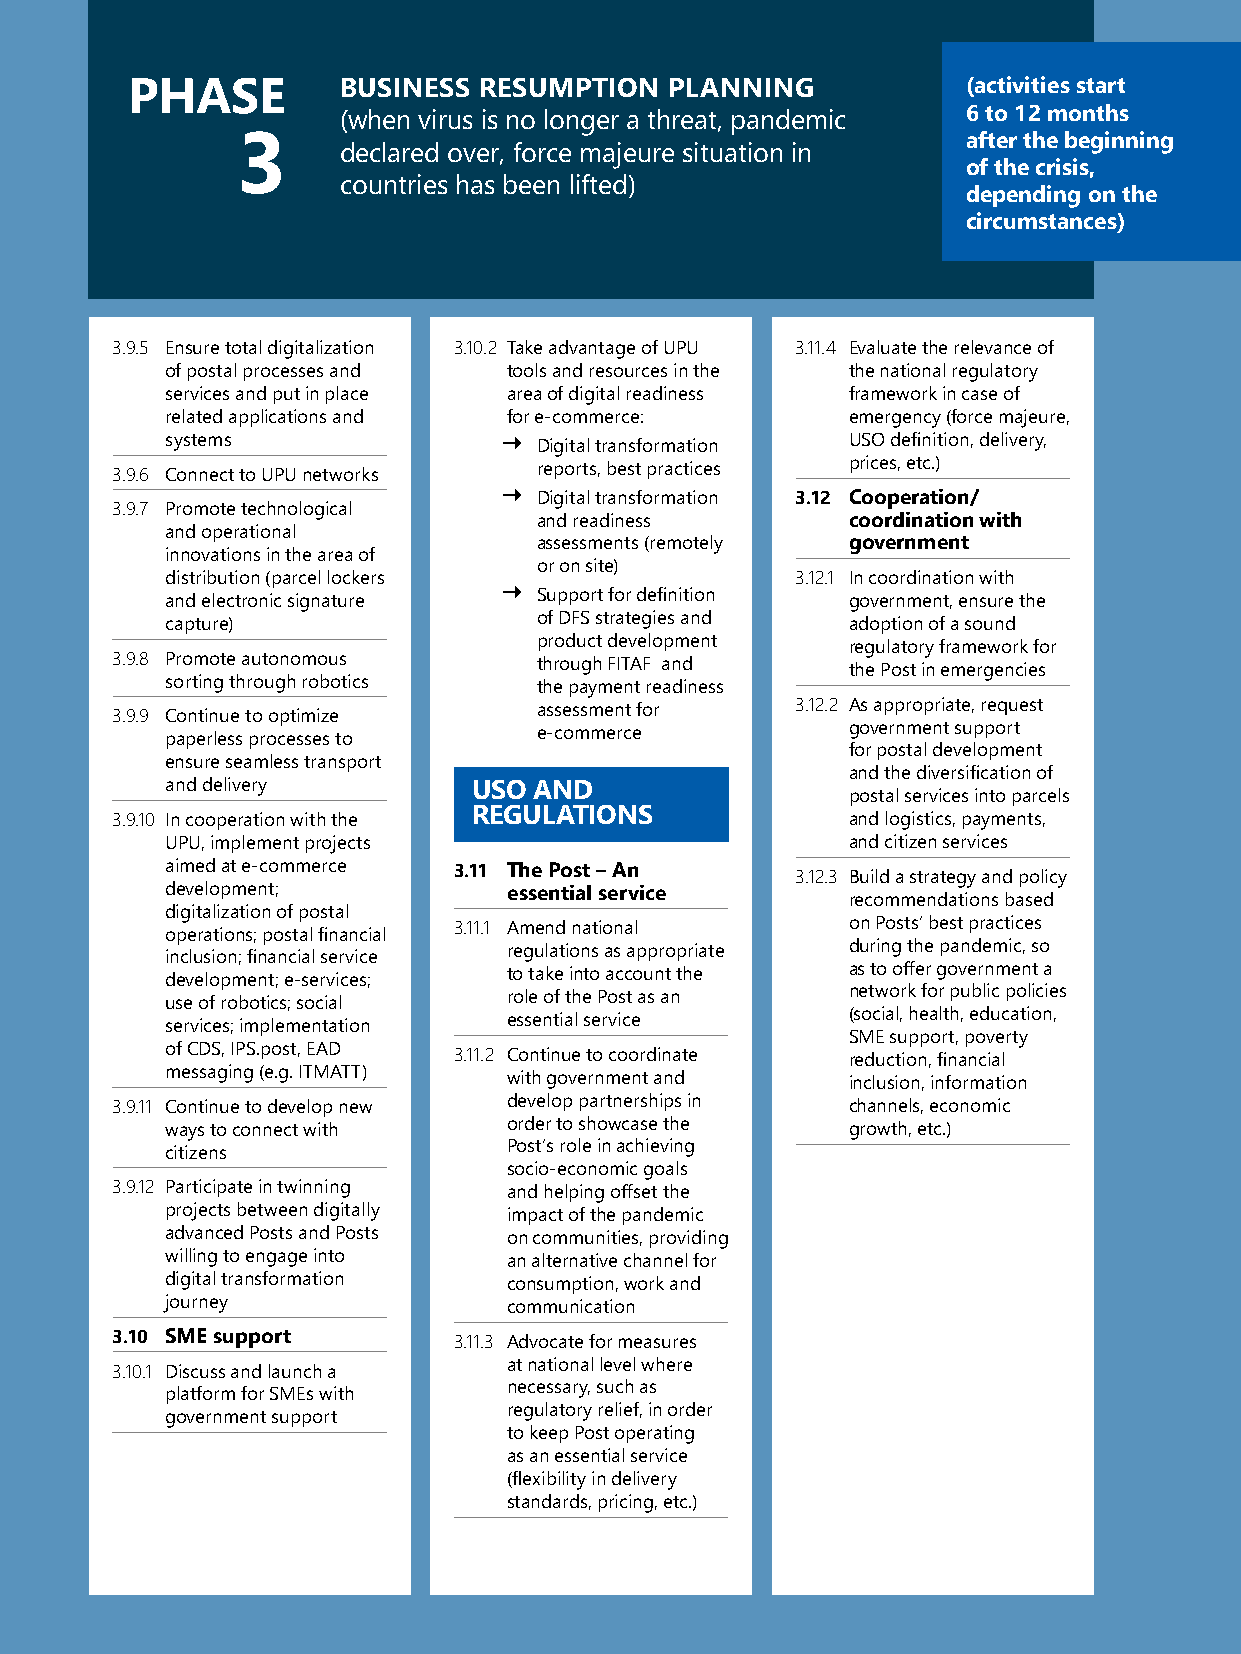
72 | Pandemic Recovery Guide for Postal Services
 PHASE         BUSINESS  RESUMPTION  PLANNING            (activities start
 (when virus is no longer a threat, pandemic 6 to 12 months
 after the beginning
 3     declared over, force majeure situation in
 of the crisis,
 countries has been lifted)
 depending on the
 circumstances)
 3.9.5 Ensure total digitalization 3.10.2 Take advantage of UPU 3.11.4 Evaluate the relevance of
 of postal processes and tools and resources in the the national regulatory
 services and put in place area of digital readiness framework in case of
 related applications and for e-commerce:     emergency (force majeure,
 systems                 Digital transformation USO definition, delivery,
 3.9.6 Connect to UPU networks reports, best practices prices, etc.)
 
 Digital transformation 3.12 Cooperation/
 3.9.7 Promote technological
 and readiness       coordination with
 and operational
 assessments (remotely government
 innovations in the area of
 or on site)
 distribution (parcel lockers              3.12.1 In coordination with
 and electronic signature
 
 Support for definition government, ensure the
 capture)                 of DFS strategies and adoption of a sound
 product development regulatory framework for
 3.9.8 Promote autonomous     through FITAF and   the Post in emergencies
 sorting through robotics the payment readiness
 assessment for   3.12.2 As appropriate, request
 3.9.9 Continue to optimize
 e-commerce          government support
 paperless processes to
 for postal development
 ensure seamless transport
 and the diversification of
 and delivery        USO AND
 postal services into parcels
 3.9.10 In cooperation with the REGULATIONS       and logistics, payments,
 UPU, implement projects                      and citizen services
 aimed at e-commerce 3.11 The Post – An    3.12.3 Build a strategy and policy
 development;           essential service
 recommendations based
 digitalization of postal
 operations; postal financial 3.11.1 Amend national on Posts’ best practices
 inclusion; financial service regulations as appropriate during the pandemic, so
 development; e-services; to take into account the as to offer government a
 use of robotics; social role of the Post as an network for public policies
 services; implementation essential service   (social, health, education,
 SME support, poverty
 of CDS, IPS.post, EAD 3.11.2 Continue to coordinate reduction, financial
 messaging (e.g. ITMATT) with government and  inclusion, information
 3.9.11 Continue to develop new develop partnerships in channels, economic
 ways to connect with   order to showcase the growth, etc.)
 citizens               Post’s role in achieving
 socio-economic goals
 3.9.12 Participate in twinning and helping offset the
 projects between digitally impact of the pandemic
 advanced Posts and Posts on communities, providing
 willing to engage into an alternative channel for
 digital transformation consumption, work and
 journey                communication
 3.10 SME support       3.11.3 Advocate for measures
 at national level where
 3.10.1 Discuss and launch a
 necessary, such as
 platform for SMEs with
 regulatory relief, in order
 government support
 to keep Post operating
 as an essential service
 (flexibility in delivery
 standards, pricing, etc.)